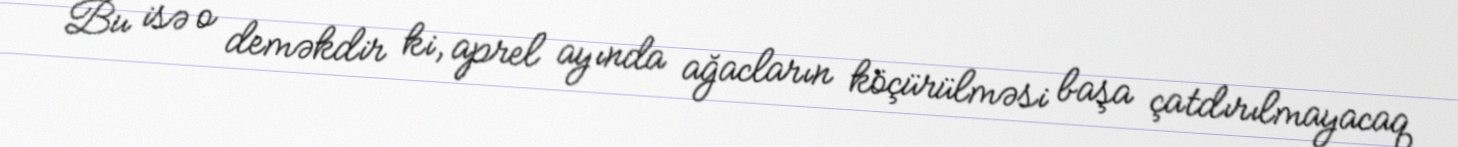
Bu isə o deməkdir ki, aprel ayında ağacların köçürülməsi başa çatdırılmayacaq